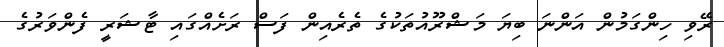
ރޭވި ހިންގަމުން އަންނަ ބިޔަ މަޝްރޫއުތަކުގެ ތެރެއިން ފަސް ރަށެއްގައި ޓާޝަރީ ފެންވަރުގެ